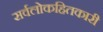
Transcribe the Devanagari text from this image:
सर्वलोकहितकारी